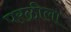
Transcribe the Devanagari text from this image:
परळीला